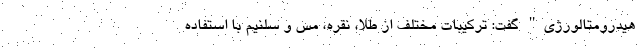
هیدرومتالورژی" گفت: ترکیبات مختلف از طلا، نقره، مس و سلنیم با استفاده